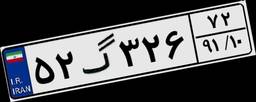
۵۲گ۳۲۶۷۲